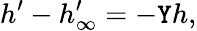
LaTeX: h^{\prime}-h_{\infty}^{\prime}=-\mathtt{Y}h,